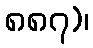
၈၈၇)၊